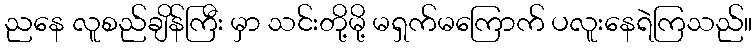
ညနေ လူစည်ချိန်ကြီး မှာ သင်းတို့မို့ မရှက်မကြောက် ပလူးနေရဲကြသည်။